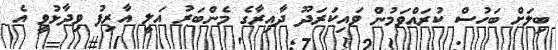
ބިލަށް ބަހުސް ކުރައްވަމުން ވައިކަރަދޫ ދާއިރާގެ މެންބަރު އަލީ އާރިފު ވިދާޅުވީ އެ